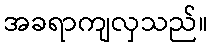
အခရာကျလှသည်။